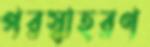
পরস্বাহরণ